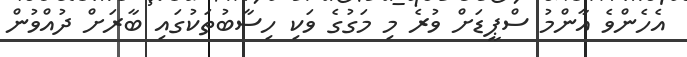
އެހެންވެ އާންމު ސްޕީޑަށް ވުރެ މި މަގުގެ ވަކި ހިސާބުތަކުގައި ބާރަށް ދުއްވުން